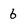
Character: 6